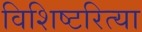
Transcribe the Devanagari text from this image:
विशिष्टरित्या